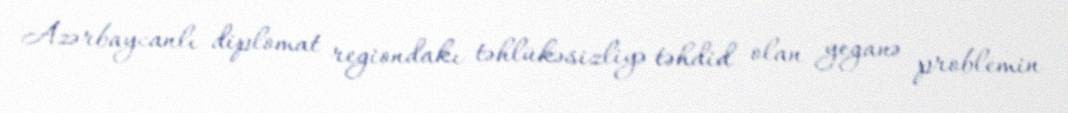
Azərbaycanlı diplomat regiondakı təhlükəsizliyə təhdid olan yeganə problemin